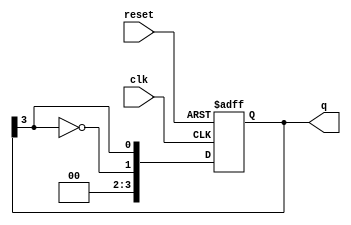
module johnson_counter #(
    parameter n = 4  // Number of flip-flops
)(
    input wire clk,       // Clock input
    input wire reset,     // Asynchronous reset
    output reg [n-1:0] q  // Counter output
);

// Sequential logic for the Johnson Counter
always @(posedge clk or posedge reset) begin
    if (reset) begin
        q <= 0;  // Reset the counter to 0
    end else begin
        // Shift left and feed back the inverted last flip-flop output
        q <= {~q[n-1], q[n-1:n-1]};  // Shift and feed inverted last output
    end
end

endmodule